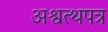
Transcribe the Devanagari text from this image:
अश्वत्थपत्र